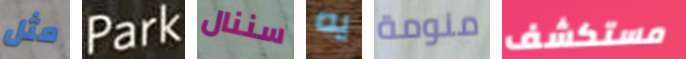
مثل Park سننال يه منومة مستكشف